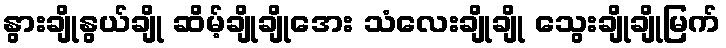
နွားချိုနွယ်ချို ဆိမ့်ချိုချိုအေး သံလေးချိုချို သွေးချိုချိုမြက်